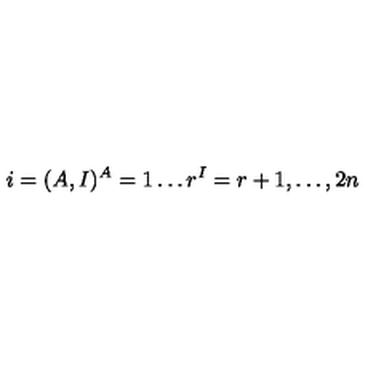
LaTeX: i = ( A , I ) \sp A = 1 \ldots r \sp I = r + 1 , \ldots , 2 n